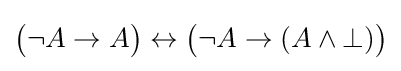
{\big (}\neg A\to A{\big )}\leftrightarrow {\big (}\neg A\to (A\land \bot ){\big )}